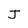
Character: J